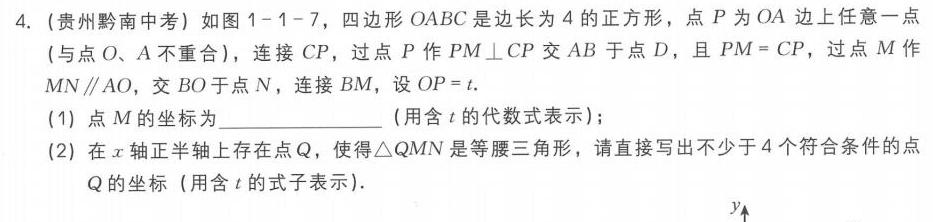
4. (贵州黔南中考) 如图1 - 1 - 7，四边形\(OABC\)是边长为\(4\)的正方形，点\(P\)为\(OA\)边上任意一点
(与点\(O、A\)不重合)，连接\(CP\)，过点\(P\)作\(PM\perp CP\)交\(AB\)于点\(D\)，且\(PM = CP\)，过点\(M\)作
\(MN\parallel AO\)，交\(BO\)于点\(N\)，连接\(BM\)，设\(OP = t\).
(1) 点\(M\)的坐标为______________ (用含\(t\)的代数式表示)；
(2) 在\(x\)轴正半轴上存在点\(Q\)，使得\(\triangle QMN\)是等腰三角形，请直接写出不少于\(4\)个符合条件的点
\(Q\)的坐标 (用含\(t\)的式子表示).